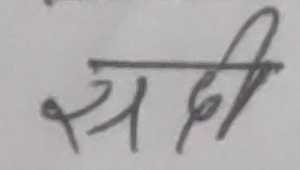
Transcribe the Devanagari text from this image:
सदी